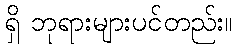
ရှိ ဘုရားများပင်တည်း။